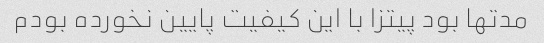
مدتها بود پیتزا با این کیفیت پایین نخورده بودم